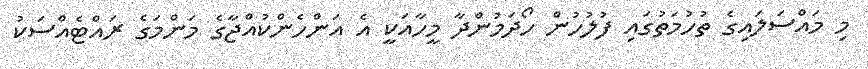
މި މައްސަލައިގެ ތުހުމަތުގައި ފުލުހުން ހޯދަމުންދާ މީހާއަކީ އެ އަންހެންކުއްޖާގެ މަންމަގެ ރައްޓެއްސަކު